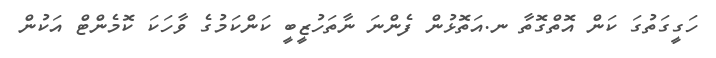
ހަގީގަތުގަ ކަން އޮތްގޮތާ ނ.އަތޮޅުން ފެންނަ ނާތަހުޒީބީ ކަންކަމުގެ ވާހަކަ ކޮމެންޓް އަކުން